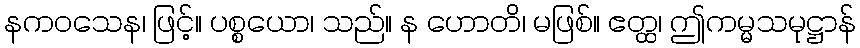
နကဝသေန၊ ဖြင့်။ ပစ္စယော၊ သည်။ န ဟောတိ၊ မဖြစ်။ ဧတ္ထ၊ ဤကမ္မသမုဋ္ဌာန်